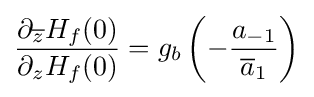
{\partial _{\overline {z}}H_{f}(0) \over \partial _{z}H_{f}(0)}=g_{b}\left(-{a_{-1} \over {\overline {a}}_{1}}\right)